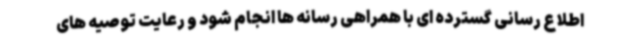
اطلاع رسانی گسترده ای با همراهی رسانه ها انجام شود و رعایت توصیه های